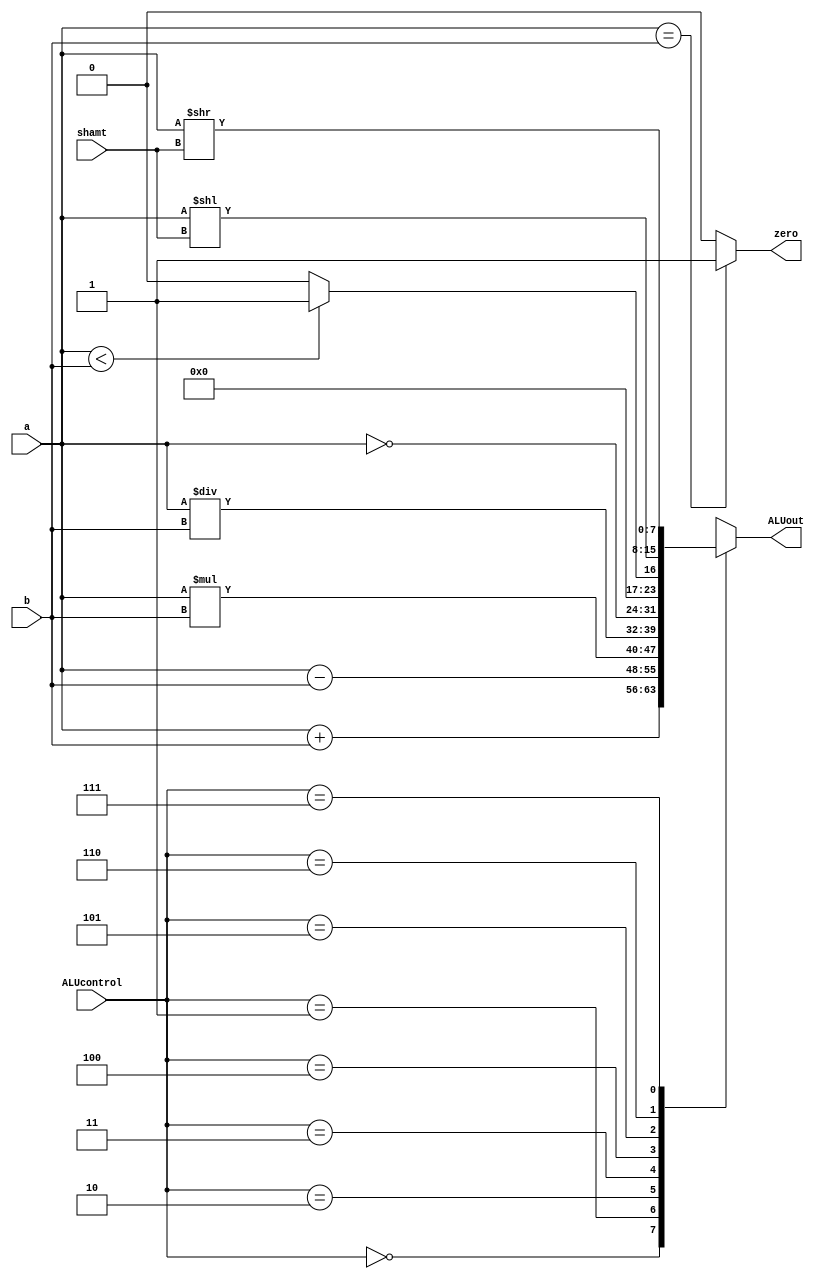
//ULA
module ALU(ALUcontrol, a, b, ALUout, zero, shamt);
	input  [2:0] ALUcontrol;
	input  [2:0] shamt;
	input  [7:0] a, b;
	output reg [7:0] ALUout;
	output reg zero;


	always @(*)
	begin
		case(ALUcontrol)
			3'b000: ALUout = a + b; //ADD
			
			3'b001: ALUout = a - b; //SUB
			
			3'b010: ALUout = a * b; //MULT
			
			3'b011: ALUout = a / b; //DIV
			
			3'b100: ALUout = ~a;//NOT
			
			3'b101: ALUout = a < b ? 1 : 0; //SLT
			
			3'b110: ALUout = a<<shamt; //SLL
			
			3'b111: ALUout = a>>shamt; //SRL
			
			default: ALUout = 0;
		endcase
		if (a == b)begin
		zero = 1;
		end
		else begin
		zero = 0;
		end
	end 
endmodule